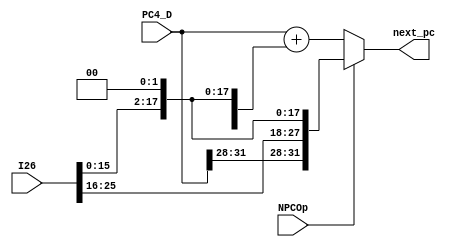
module NPC(input [31:0] PC4_D,
           input [25:0]  I26,
           input         NPCOp,// 0 indicate Branch,1 indicate J,Jal,Jalr
           output reg [31:0] next_pc);
   always @(*)
     begin
        if(!NPCOp)
          next_pc <= PC4_D + {{14{I26[15]}},I26[15:0],2'b00};
        else
          next_pc <= {PC4_D[31:28],I26[25:0],2'b00};
     end
   
endmodule // NPC

module CMP(input [31:0] a,b,
           input [2:0] cmpOp,
           output reg  result);//1 indecate taken
   reg [31:0]         c;
   always @(*)
      case(cmpOp)
        3'b000://beq
          begin
             c = a ^ b;
             result = ~(|c);		
          end
        3'b001://bne
          begin
             c = a ^ b;
             result = |c;
          end
        3'b100: result = !a[31];//bgez
        3'b101: result = !a[31] && a != 32'b0;//bgtz
        3'b110: result = a[31] || a == 32'b0; //blez
        3'b111: result = a[31];//bltz
      endcase // case (cmpOp)
endmodule // CMP